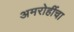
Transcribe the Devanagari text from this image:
अमरोहींचा